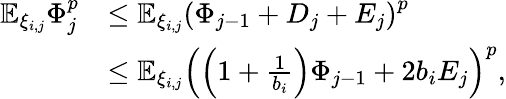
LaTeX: \begin{array}{rl}{\mathbb{E}_{\xi_{i,j}}\Phi_{j}^{p}}&{\le\mathbb{E}_{\xi_{i,j}}\left(\Phi_{j-1}+D_{j}+E_{j}\right)^{p}}\\ &{\le\mathbb{E}_{\xi_{i,j}}\left(\left(1+\frac 1{b_{i}}\right)\Phi_{j-1}+2b_{i}E_{j}\right)^{p},}\end{array}